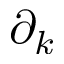
\partial _ { k }